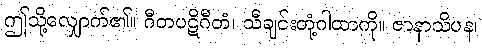
ဤသို့လျှောက်၏။ ဂီတပဋိဂီတံ၊ သီချင်းတုံ့ဂါထာကို။ ဇာနာသိပန၊